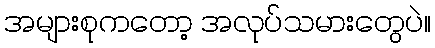
အများစုကတော့ အလုပ်သမားတွေပဲ။